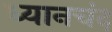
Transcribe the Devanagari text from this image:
ध्‍यानचंद